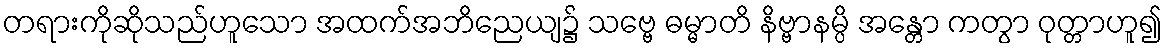
တရားကိုဆိုသည်ဟူသော အထက်အဘိညေယျ၌ သဗ္ဗေ ဓမ္မာတိ နိဗ္ဗာနမ္ပိ အန္တော ကတွာ ဝုတ္တာဟူ၍